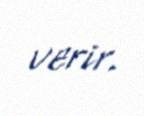
verir.